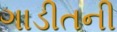
ગાડીતની